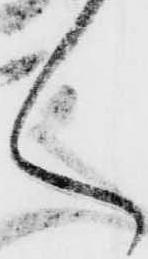
く